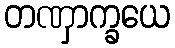
တဏှာက္ခယေ